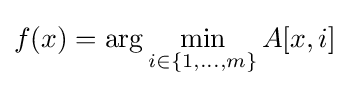
f(x)=\arg \min _{i\in \{1,\ldots ,m\}}A[x,i]